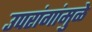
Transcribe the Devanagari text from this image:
उपरांगांमुळे